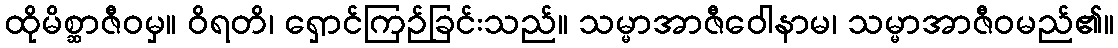
ထိုမိစ္ဆာဇီဝမှ။ ဝိရတိ၊ ရှောင်ကြဉ်ခြင်းသည်။ သမ္မာအာဇီဝေါနာမ၊ သမ္မာအာဇီဝမည်၏။